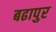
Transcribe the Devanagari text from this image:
बढापुर